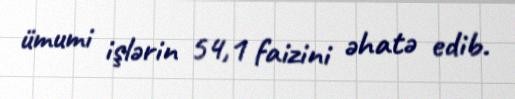
ümumi işlərin 54,1 faizini əhatə edib.